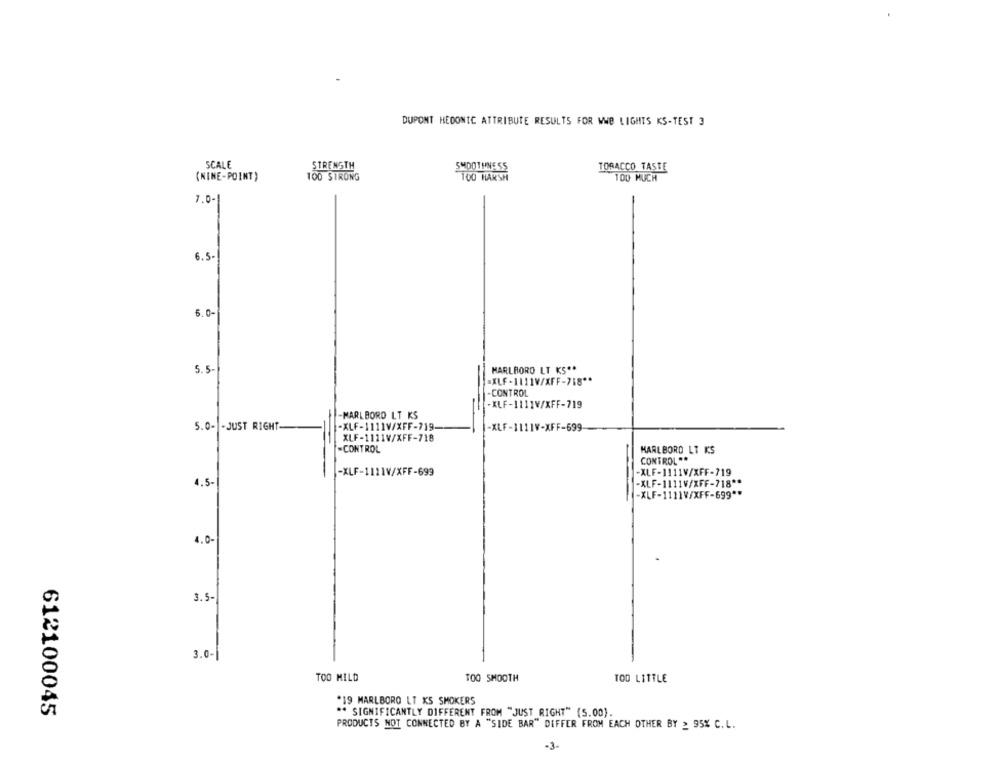
DUPONT HEDONIC ATTRIBUTE RESULTS FOR WWE LIGHTS KS-TEST 3
SCALE
STRENGTH
SMOOTHNESS
TORACCO TASTE
(NINE-POINT)
TOD STRONG
100 HARSH
100 MUCH
7.0-1
6.5-
5.0-
5.5-
MARLBORO LT KS **
"XLF-1111V/XFF-718 **
CONTROL
-KLF-1111V/XFF-719
-MARLBORO LT KS
5.0- - JUST RIGHT-
-XLF-1111V/XFF-719
-XLF-1111V-XFF-699
XLF-1111V/XFF-718
-CONTROL
HARLBORD LT KS
CONTROL **
-XLF-1111V/XFF-699
-XLF-1111V/XFF-719
4.5-
-XLF-1111V/XFF-718 **
-XLF-1111V/XFF-699 **
4.0-
3.5-
3.0-
TOO MILD
TOO SMOOTH
TOD LITTLE
*19 MARLBORO LT KS SMOKERS
612100045
** SIGNIFICANTLY DIFFERENT FROM "JUST RIGHT" (5.00).
PRODUCTS NOT CONNECTED BY A "SIDE BAR" DIFFER FROM EACH OTHER BY _ 95% C.L.
-3-